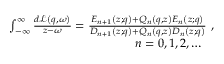
\begin{array} { r } { \int _ { - \infty } ^ { \infty } \frac { d \mathcal { L } \left( q , \omega \right) } { z - \omega } = \frac { E _ { n + 1 } \left( z ; q \right) + Q _ { n } \left( q , z \right) E _ { n } \left( z ; q \right) } { D _ { n + 1 } \left( z ; q \right) + Q _ { n } \left( q , z \right) D _ { n } \left( z ; q \right) } \ , } \\ { \quad n = 0 , 1 , 2 , \ldots \quad } \end{array}